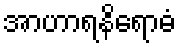
အာဟာရနိရောဓံ